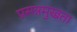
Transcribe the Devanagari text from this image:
प्रसन्नमुखता